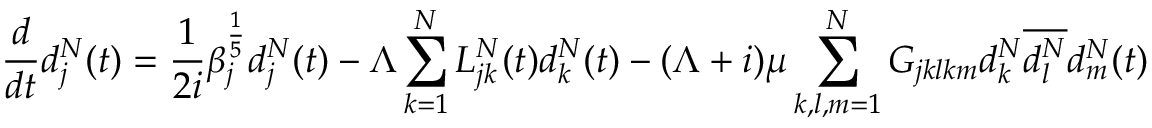
\frac { d } { d t } d _ { j } ^ { N } ( t ) = \frac { 1 } { 2 i } \beta _ { j } ^ { \frac { 1 } { 5 } } d _ { j } ^ { N } ( t ) - \Lambda \sum _ { k = 1 } ^ { N } L _ { j k } ^ { N } ( t ) d _ { k } ^ { N } ( t ) - ( \Lambda + i ) \mu \sum _ { k , l , m = 1 } ^ { N } G _ { j k l k m } d _ { k } ^ { N } \overline { { d _ { l } ^ { N } } } d _ { m } ^ { N } ( t )